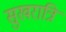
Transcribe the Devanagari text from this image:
सुखरात्रि